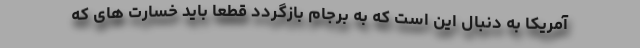
آمریکا به دنبال این است که به برجام بازگردد قطعا باید خسارت های که